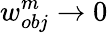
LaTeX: {w_{obj}^{m}}\to 0